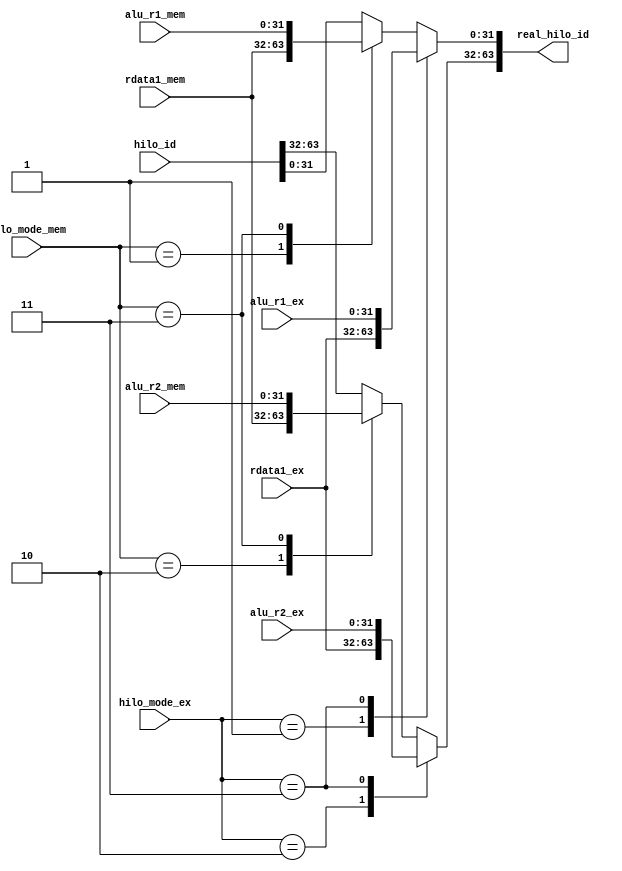
/*
**	
**	HILO
**	
*/
module redirect_hilo_id (
	input 		[63:0] 		hilo_id,
	input 		[31:0] 		alu_r1_ex,
	input 		[31:0] 		alu_r2_ex,
	input 		[31:0]		alu_r1_mem,
	input 		[31:0]		alu_r2_mem,
	input 		[31:0]		rdata1_ex,
	input 		[31:0]		rdata1_mem,
	input 		[1:0]		hilo_mode_ex,
	input 		[1:0]		hilo_mode_mem,
	
	output reg	[63:0] 		real_hilo_id
);
	
	always @(*) begin
		real_hilo_id <= hilo_id;

		case(hilo_mode_mem)
			2'b01: begin
				real_hilo_id[31:0] <= rdata1_mem;
			end
			2'b10: begin
				real_hilo_id[63:32] <= rdata1_mem;
			end
			2'b11: begin
				real_hilo_id <= { alu_r2_mem,alu_r1_mem };
			end
		endcase

		case(hilo_mode_ex)
			2'b01: begin
				real_hilo_id[31:0] <= rdata1_ex;
			end
			2'b10: begin
				real_hilo_id[63:32] <= rdata1_ex;
			end
			2'b11: begin
				real_hilo_id <= { alu_r2_ex,alu_r1_ex };
			end
		endcase
	end
	
endmodule